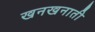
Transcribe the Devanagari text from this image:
खनखनाती